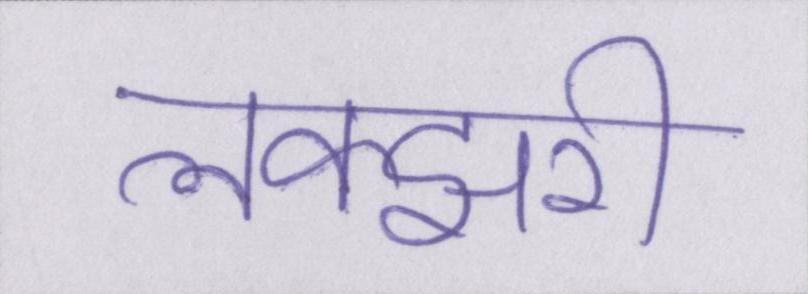
लक्झरी